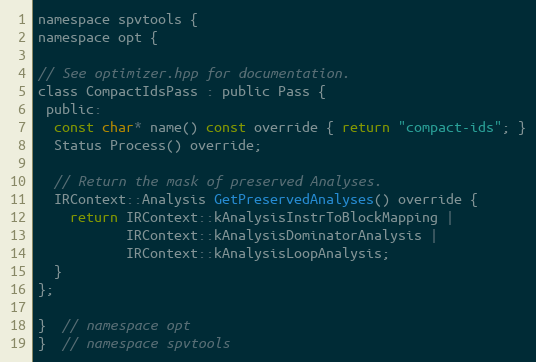
Language: C
namespace spvtools {
namespace opt {

// See optimizer.hpp for documentation.
class CompactIdsPass : public Pass {
 public:
  const char* name() const override { return "compact-ids"; }
  Status Process() override;

  // Return the mask of preserved Analyses.
  IRContext::Analysis GetPreservedAnalyses() override {
    return IRContext::kAnalysisInstrToBlockMapping |
           IRContext::kAnalysisDominatorAnalysis |
           IRContext::kAnalysisLoopAnalysis;
  }
};

}  // namespace opt
}  // namespace spvtools